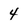
Character: 4